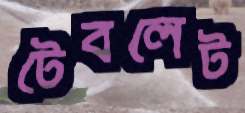
টেবলেট